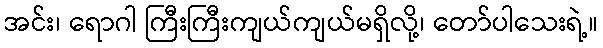
အင်း၊ ရောဂါ ကြီးကြီးကျယ်ကျယ်မရှိလို့၊ တော်ပါသေးရဲ့။